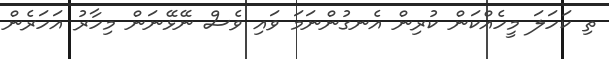
ތި ކަަހަލަ މީހެއްކަން ކުރިން އެނގުންނަމަ ވައި ވެސް ނޭޅޭނަން މިހާރު އަހަރެން